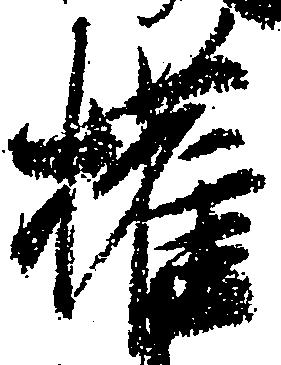
権